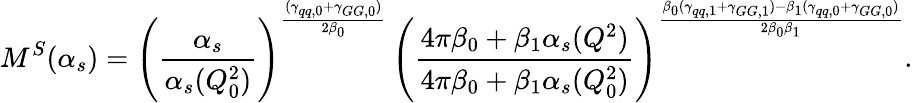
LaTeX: M^{S}(\alpha_{s})=\left(\frac{\alpha_{s}}{\alpha_{s}(Q_{0}^{2})}\right)^{\frac{(\gamma_{qq,0}+\gamma_{GG,0})}{2\beta_{0}}}\, \left(\frac{4\pi\beta_{0}+\beta_{1}\alpha_{s}(Q^{2})}{4\pi\beta_{0}+\beta_{1}\alpha_{s}(Q_{0}^{2})}\right)^{\frac{\beta_{0}(\gamma_{qq,1}+\gamma_{GG,1})-\beta_{1}(\gamma_{qq,0}+\gamma_{GG,0})}{2\beta_{0}\beta_{1}}}.